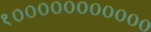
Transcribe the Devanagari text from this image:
१०००००००००००